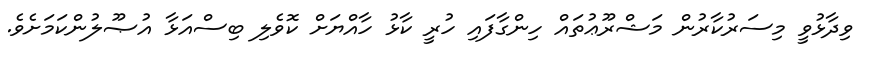
ވިދާޅުވީ މިސަރުކާރުން މަޝްރޫޢުތައް ހިންގާފައި ހުރީ ކާޅު ހާއްޔަށް ކޮވެލި ބިސްއަޅާ އުޞޫލުންކަމަށެވެ.